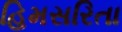
હિમસરિતા